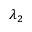
\lambda _ { 2 }